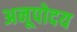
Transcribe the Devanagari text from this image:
अनूपोदय